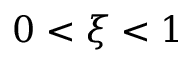
0 < \xi < 1